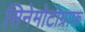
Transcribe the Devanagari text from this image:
सिनेमोटोग्राफ